Annual returns of the Patna Lunatic Asylum at Bankipore in Bihar and Orissa - 1912-1924
Year: 1912
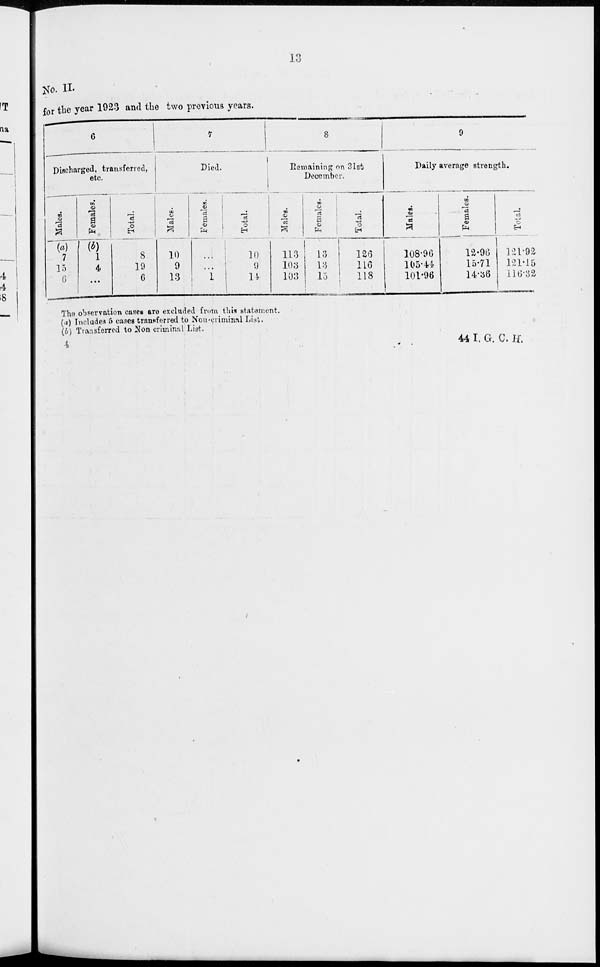
13
No. II.
for the year 1923 and the two previous years.
6
Discharged, transferred,
etc.
Males.
(a)
7
15
6
Females.
(b)
1
4
...
Total.
8
19
6
7
Died.
Males.
10
9
13
Females.
...
...
1
Total.
10
9
14
8
Remaining on 31st
December.
Males.
113
103
103
Females.
13
13
15
Total.
126
116
118
9
Daily average strength.
Males.
108.96
105.44
101.96
Females.
12.96
15.71
14.36
Total.
121.92
121.15
116.32
The observation cases are excluded from this statement.
(a) Includes 5 cases transferred to Non-criminal List.
(b) Transferred to Non criminal List.
4
44 I. G. C. H.